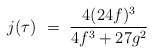
\begin{align*}j(\tau) ~=~ {4 (24f)^3 \over {4 f^3 + 27 g^2}}\end{align*}